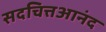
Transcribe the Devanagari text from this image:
सदचित्तआनंद